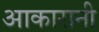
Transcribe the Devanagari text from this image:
आकारानी